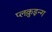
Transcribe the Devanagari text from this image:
प्लक़ुइन्ग